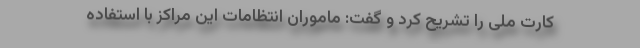
کارت ملی را تشریح کرد و گفت: ماموران انتظامات این مراکز با استفاده